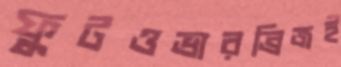
ফুটওভারব্রিজই